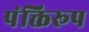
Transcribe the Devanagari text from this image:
पंक्तिरूप